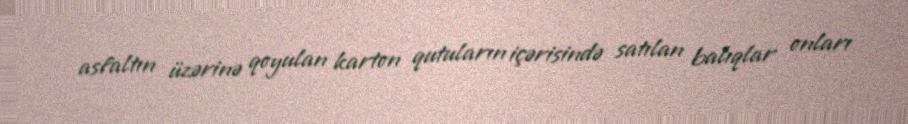
asfaltın üzərinə qoyulan karton qutuların içərisində satılan balıqlar onları